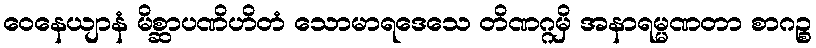
ဝေနေယျာနံ မိစ္ဆာပဏိဟိတံ သောမာရဒေသေ တိဏဂ္ဂမှိ အနာရမ္မဏတာ စာဂဉ္စ